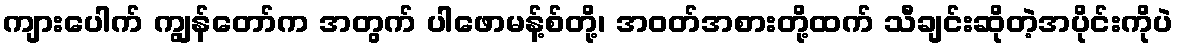
ကျားပေါက် ကျွန်တော်က အတွက် ပါဖောမန့်စ်တို့၊ အဝတ်အစားတို့ထက် သီချင်းဆိုတဲ့အပိုင်းကိုပဲ